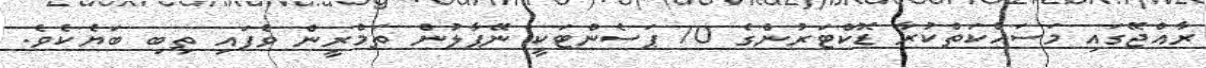
ރާއްޖޭގައި މަސައްކަތްކުރާ ޑޮކްޓަރުންގެ 70 ޕަސެންޓަކީ ނޭޕާލުން ތަމްރީން ވެފައި ތިބި ބަޔެކެވެ.